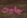
جاءت